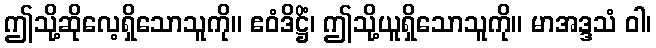
ဤသို့ဆိုလေ့ရှိသောသူကို။ ဧဝံဒိဋ္ဌိံ၊ ဤသို့ယူရှိသောသူကို။ မာအဒ္ဒသံ ဝါ၊